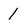
Character: 1